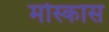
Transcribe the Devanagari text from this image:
मोस्कास